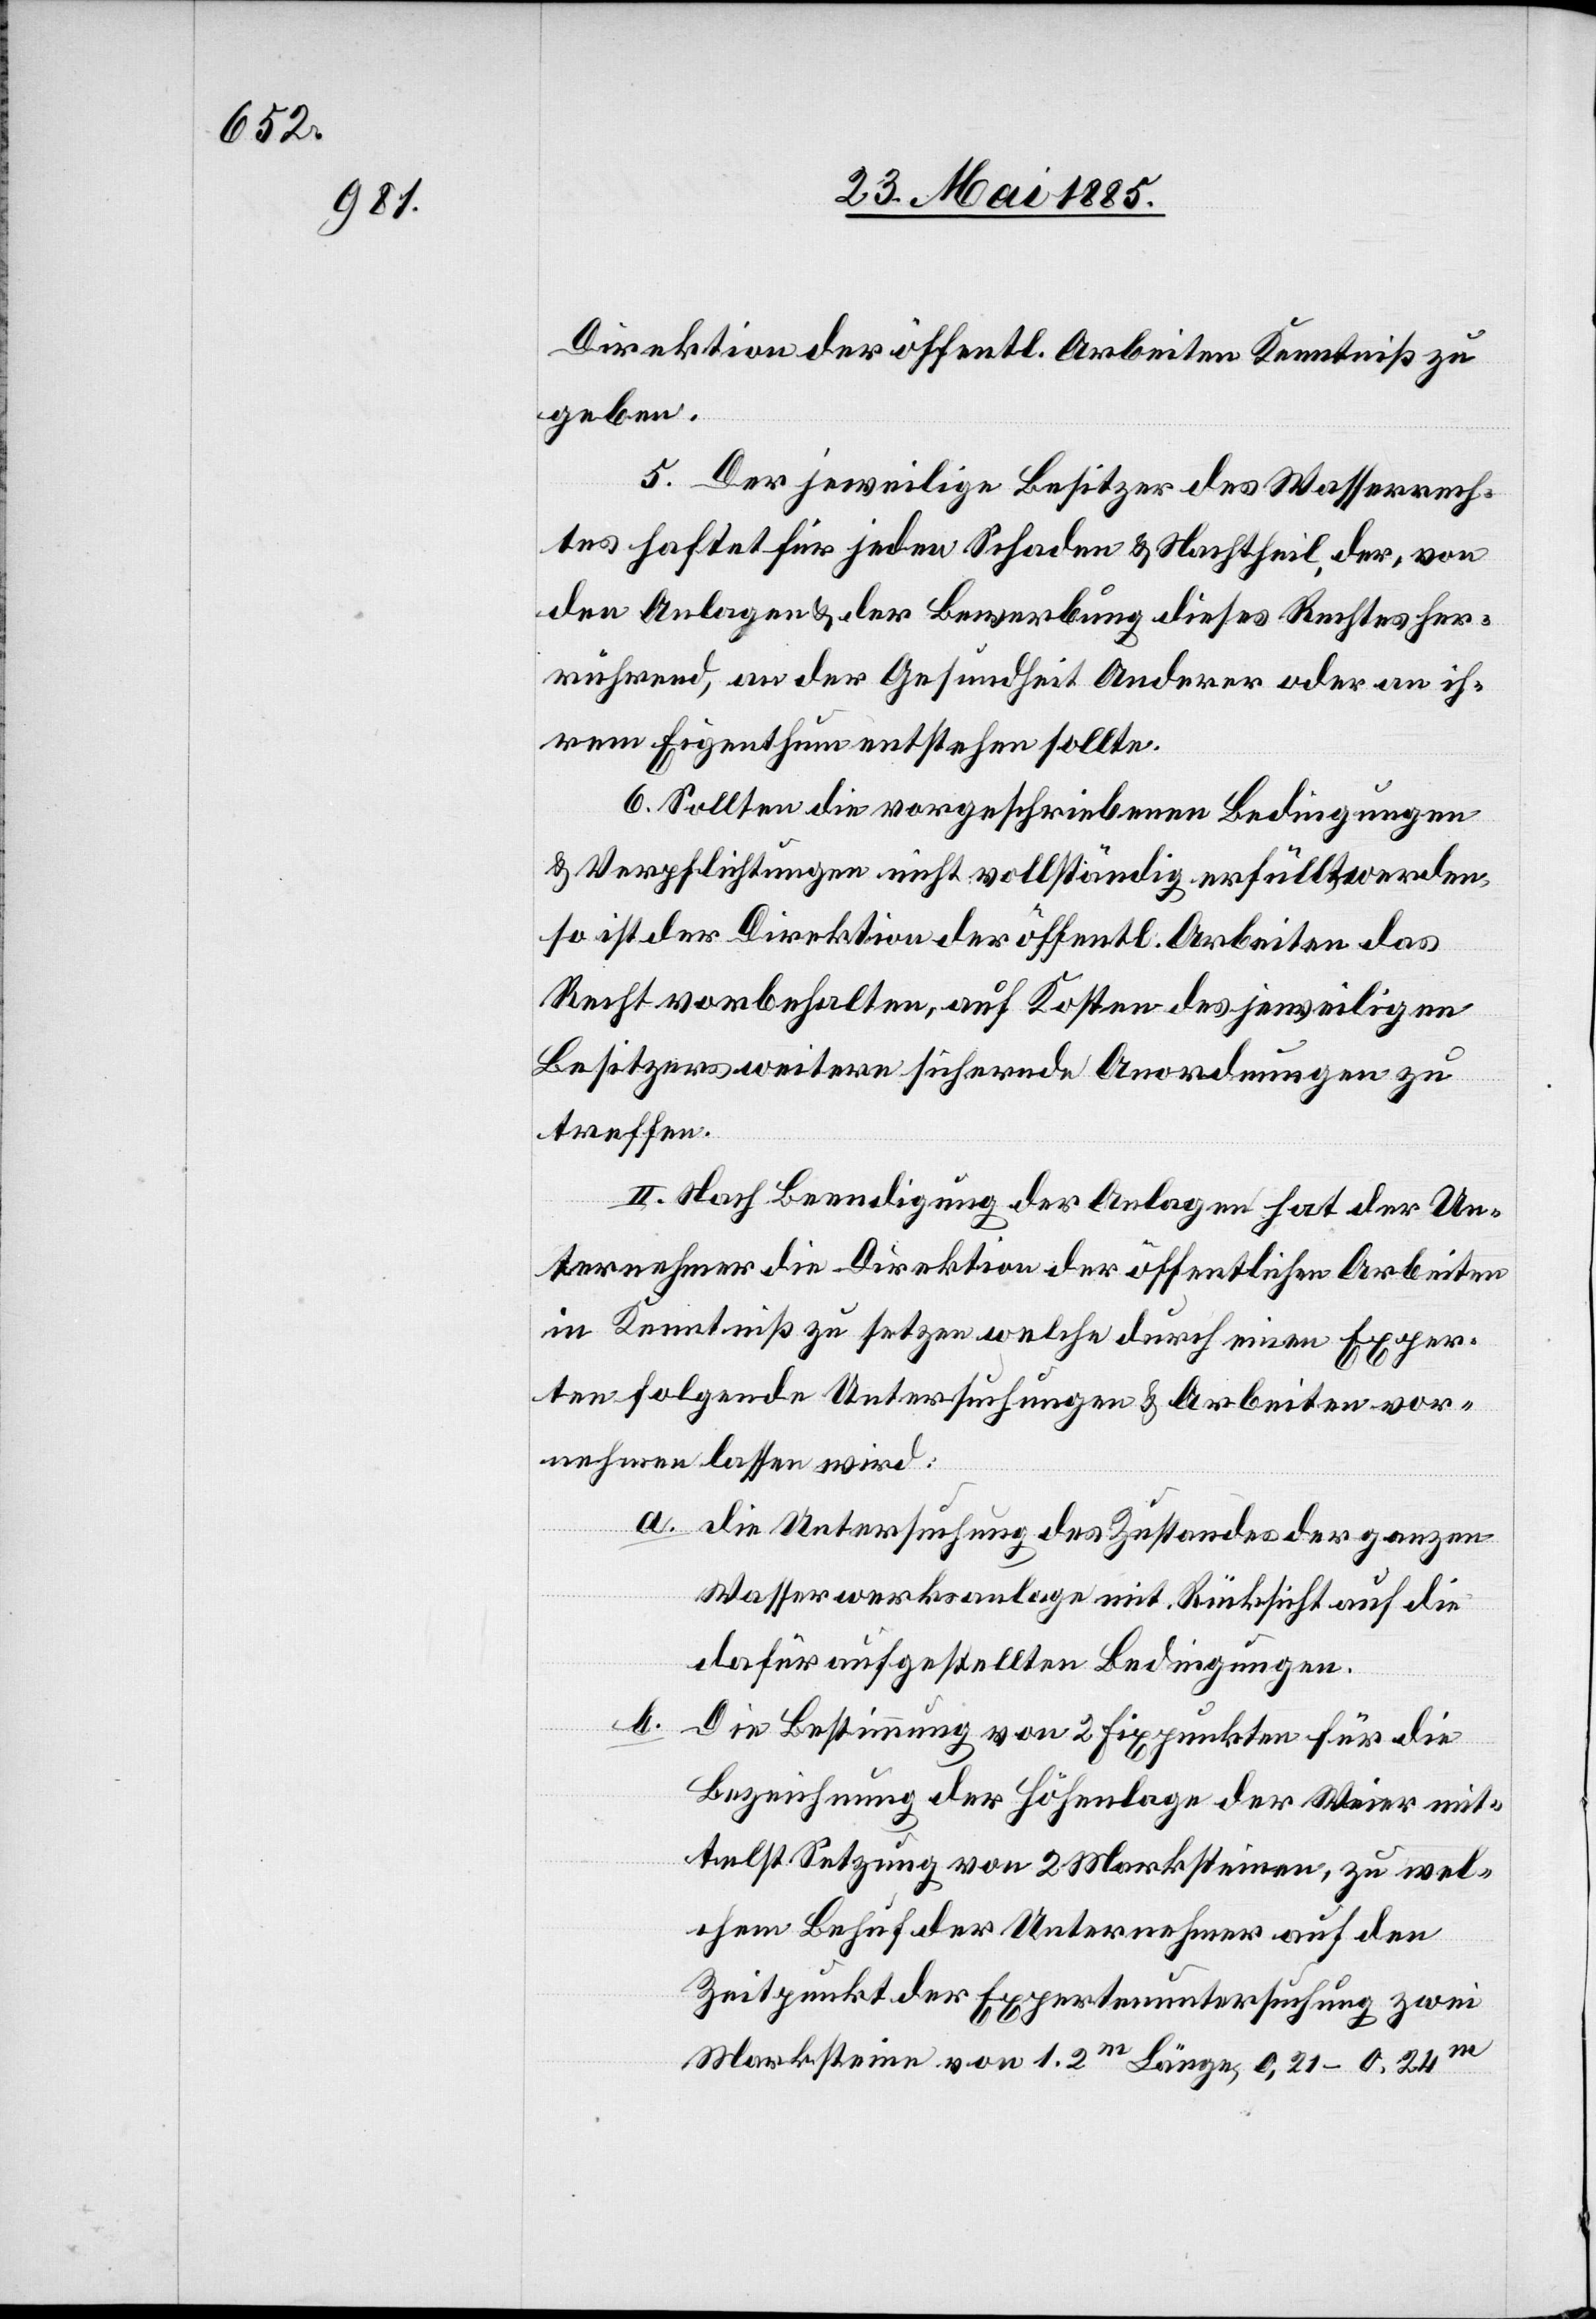
Direktion der öffentl. Arbeiten Kenntniß zu
geben.
5. Der jeweilige Besitzer des Wasserrech¬
tes haftet für jeden Schaden & Nachtheil, der, von
den Anlagen & der Bewerbung dieses Rechtes her¬
rührend, an der Gesundheit Anderer oder an ih¬
rem Eigenthum entstehen sollte.
6. Sollten die vorgeschriebenen Bedingungen
& Verpflichtungen nicht vollständig erfüllt werden,
so ist der Direktion der öffentl. Arbeiten das
Recht vorbehalten, auf Kosten des jeweiligen
Besitzers weitere sichernde Anordnungen zu
treffen.
II. Nach Beendigung der Anlagen hat der Un¬
ternehmer die Direktion der öffentlichen Arbeiten
in Kenntniß zu setzen welche durch einen Exper¬
ten folgende Untersuchungen & Arbeiten vor¬
nehmen lassen wird:
a. die Untersuchung des Zustandes der ganzen
Wasserwerksanlage mit Rücksicht auf die
dafür aufgestellten Bedingungen.
b.
Die Bestimmung von 2 Fixpunkten für die
Bezeichnung der Höhenlage der Weier mit¬
telst Setzung von 2 Marksteinen, zu wel¬
chem Behuf der Unternehmer auf den
Zeitpunkt der Expertenuntersuchung zwei
Marksteine von 1,2 m Länge, 0,21–0,24